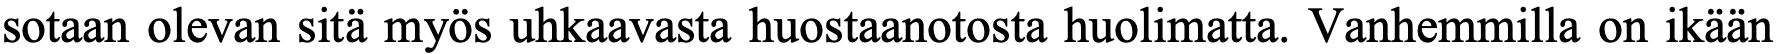
sotaan olevan sitä myös uhkaavasta huostaanotosta huolimatta. Vanhemmilla on ikään